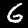
Label: 6